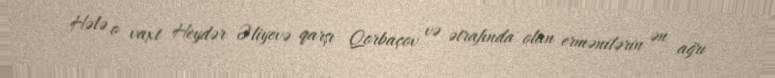
Hələ o vaxt Heydər Əliyevə qarşı Qorbaçov və ətrafında olan ermənilərin ən ağrı